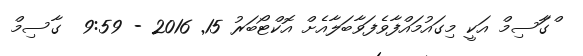
ްގަާސިމް އަކީ މިގައުމައްފާވެފަވާބަލާއެށް އޮކްޓޯބަރު 15